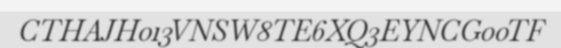
CTHAJH013VNSW8TE6XQ3EYNCG00TF